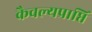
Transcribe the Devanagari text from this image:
कैवल्यप्राप्ति